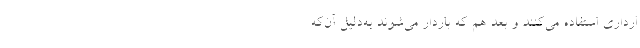
ارداری استفاده می‌‌کنند و بعد هم که باردار می‌‌شوند به‌دلیل آن‌‌که